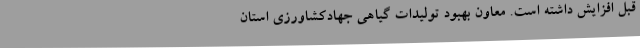
قبل افزایش داشته است. معاون بهبود تولیدات گیاهی جهادکشاورزی استان